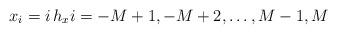
LaTeX: \begin{align*}x_{i} = i\, h_{x} i = -M+1, -M+2,\ldots, M-1, M\end{align*}